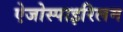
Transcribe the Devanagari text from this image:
ऐजोस्पाइरिलम